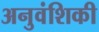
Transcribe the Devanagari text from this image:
अनुवंशिकी